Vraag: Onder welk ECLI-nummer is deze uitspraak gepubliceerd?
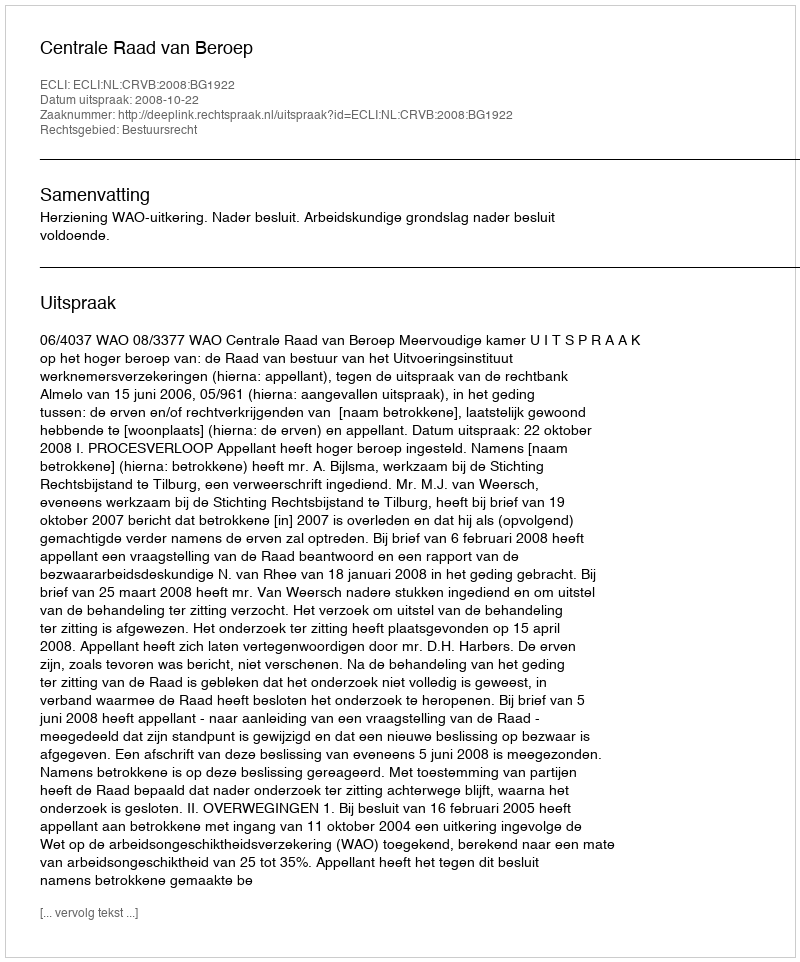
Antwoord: ECLI:NL:CRVB:2008:BG1922